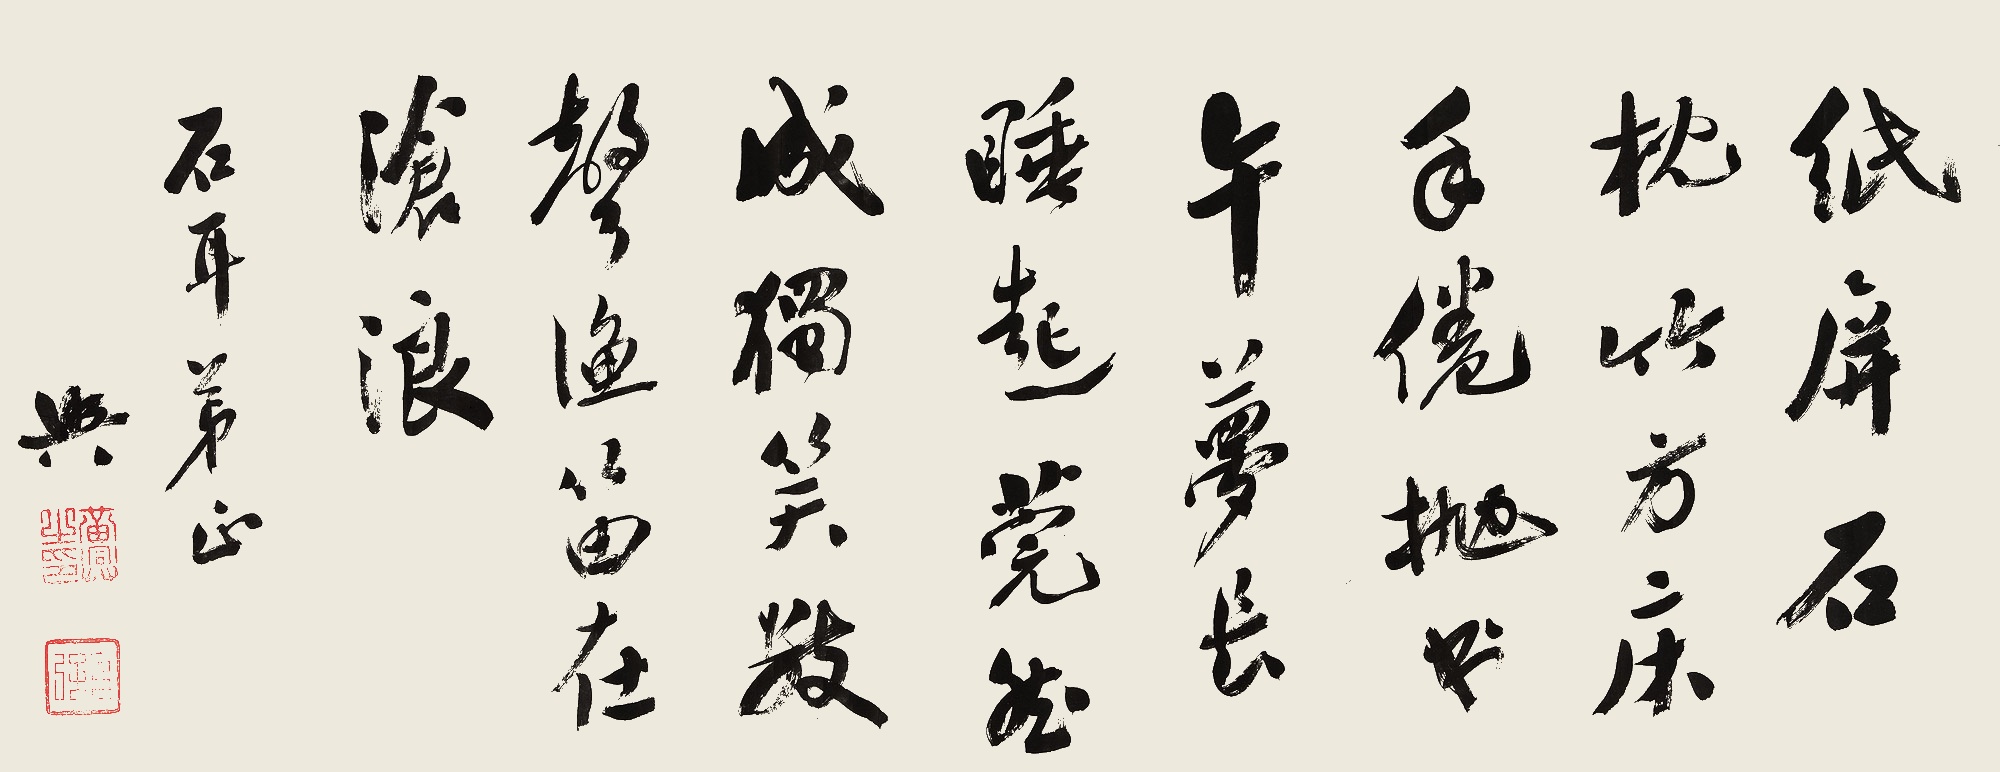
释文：纸屏石枕竹方床，手倦抛书午梦长。睡起莞然成独笑，数声渔笛在沧浪。石耳弟正，兴。